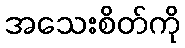
အသေးစိတ်ကို